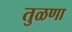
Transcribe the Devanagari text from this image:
तुळणा